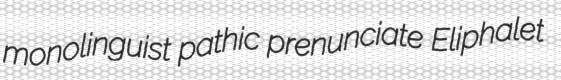
monolinguist pathic prenunciate Eliphalet